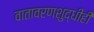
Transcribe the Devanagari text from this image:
वातावरणशुद्धीही